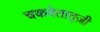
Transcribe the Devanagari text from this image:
चकवेताद्ज़ी